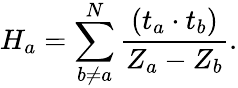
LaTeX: H_{a}=\sum_{b\neq a}^{N}\frac{(t_{a}\cdot t_{b})}{Z_{a}-Z_{b}}.